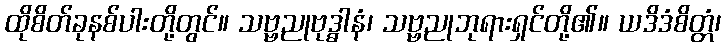
ထိုစိတ်ခုနစ်ပါးတို့တွင်။ သဗ္ဗညုဗုဒ္ဓါနံ၊ သဗ္ဗညုဘုရားရှင်တို့၏။ ယဒိဒံစိတ္တံ၊